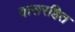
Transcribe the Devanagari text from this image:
वासरहित